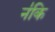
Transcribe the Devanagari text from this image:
न॑कि